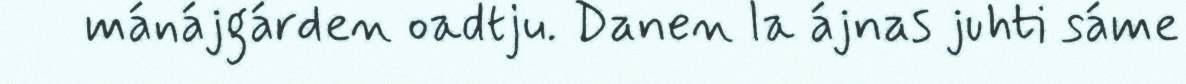
mánájgárden oadtju. Danen la ájnas juhti sáme